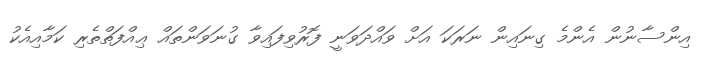
އިންސާނުން އެންމެ ގިނައިން ނަރަކަ އަށް ވައްދަވަނީ ފޮރުވިފައިވާ ގުނަވަންތައް ޢިއްފަތްތެރި ކަމާއިއެކު